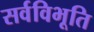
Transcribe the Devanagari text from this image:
सर्वविभूति